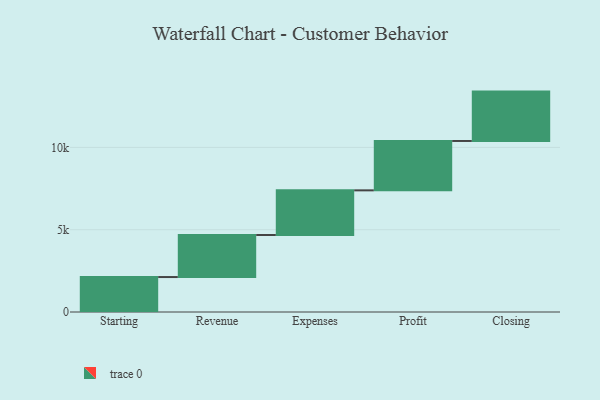
{"axis": {"x": "Step", "y": "Value"}, "legend": [""], "data": [{"x": "Starting", "y": 2124.0, "type": ""}, {"x": "Revenue", "y": 2555.0, "type": ""}, {"x": "Expenses", "y": 2713.0, "type": ""}, {"x": "Profit", "y": 3000, "type": ""}, {"x": "Closing", "y": 3000, "type": ""}]}